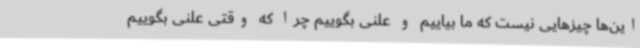
این‌ها چیزهایی نیست که ما بیاییم و علنی بگوییم چرا که وقتی علنی بگوییم